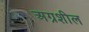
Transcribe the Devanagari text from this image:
अग्रशील